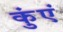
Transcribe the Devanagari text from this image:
कुंएं